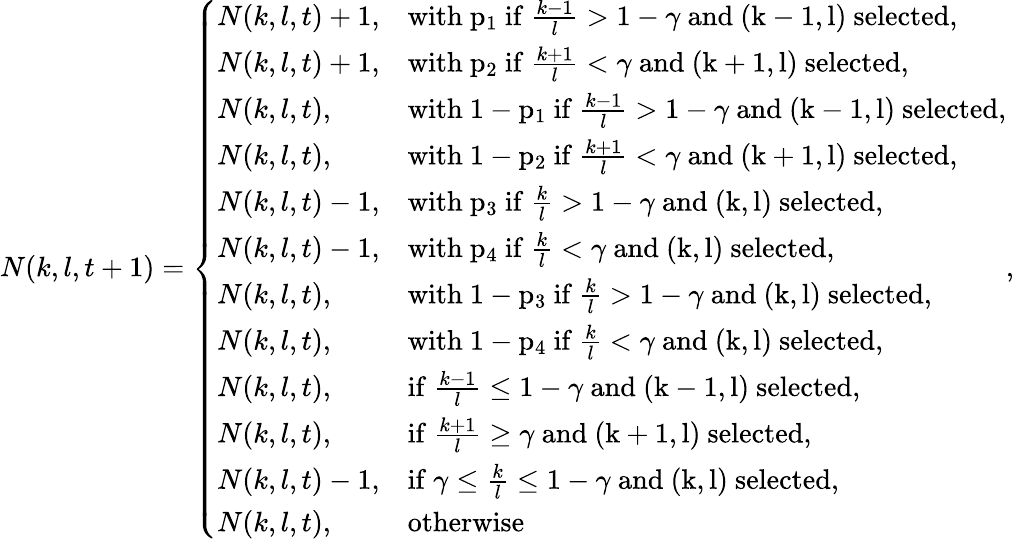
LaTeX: N(k,l,t+1)=\left\{ \begin{array}{ll}{N(k,l,t)+1,}&{\mathrm{with~p_1~if~}\frac{k-1}{l}>1-\gamma\mathrm{~and~(k-1,l)~selected},}\\ {N(k,l,t)+1,}&{\mathrm{with~p_2~if~}\frac{k+1}{l}<\gamma\mathrm{~and~(k+1,l)~selected},}\\ {N(k,l,t),}&{\mathrm{with~1-p_1~if~}\frac{k-1}{l}>1-\gamma\mathrm{~and~(k-1,l)~selected},}\\ {N(k,l,t),}&{\mathrm{with~1-p_2~if~}\frac{k+1}{l}<\gamma\mathrm{~and~(k+1,l)~selected},}\\ {N(k,l,t)-1,}&{\mathrm{with~p_3~if~}\frac{k}{l}>1-\gamma\mathrm{~and~(k,l)~selected},}\\ {N(k,l,t)-1,}&{\mathrm{with~p_4~if~}\frac{k}{l}<\gamma\mathrm{~and~(k,l)~selected},}\\ {N(k,l,t),}&{\mathrm{with~1-p_3~if~}\frac{k}{l}>1-\gamma\mathrm{~and~(k,l)~selected},}\\ {N(k,l,t),}&{\mathrm{with~1-p_4~if~}\frac{k}{l}<\gamma\mathrm{~and~(k,l)~selected},}\\ {N(k,l,t),}&{\mathrm{if~}\frac{k-1}{l}\leq 1-\gamma\mathrm{~and~(k-1,l)~selected},}\\ {N(k,l,t),}&{\mathrm{if~}\frac{k+1}{l}\geq\gamma\mathrm{~and~(k+1,l)~selected},}\\ {N(k,l,t)-1,}&{\mathrm{if~}\gamma\leq\frac{k}{l}\leq 1-\gamma\mathrm{~and~(k,l)~selected},}\\ {N(k,l,t),}&{\mathrm{otherwise~}}\end{array}\right.,